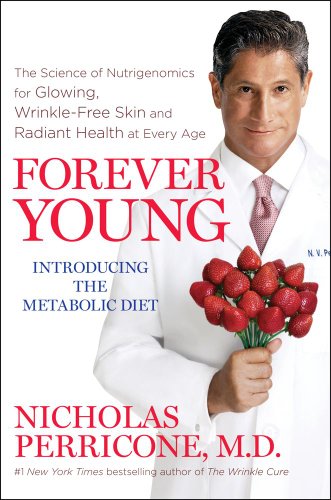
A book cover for Forever Young: The Science of Nutrigenomics for Glowing, Wrinkle-Free Skin and Radiant Health at Every Age; Nicholas Perricone; Health, Fitness & Dieting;